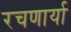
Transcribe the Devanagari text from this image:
रचणार्या